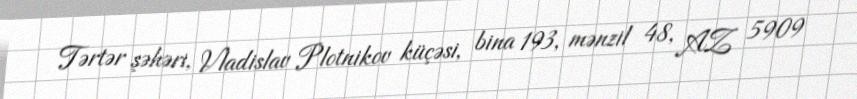
Tərtər şəhəri, Vladislav Plotnikov küçəsi, bina 193, mənzil 48, AZ 5909